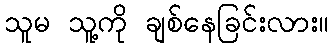
သူမ သူ့ကို ချစ်နေခြင်းလား။